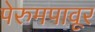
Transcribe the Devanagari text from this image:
पेरुमपावूर